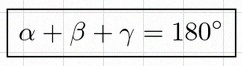
\alpha+\beta+\gamma=180^\circ